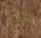
على